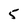
Character: 5